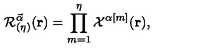
{ \cal { R } } _ { ( \eta ) } ^ { \vec { \alpha } } ( { \bf { r } } ) = \prod _ { m = 1 } ^ { \eta } { \cal { X } } ^ { \alpha [ m ] } ( { \bf { r } } ) ,